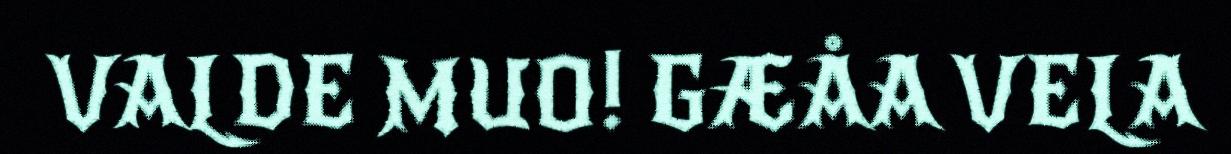
VALDE MUO! GÆÅA VELA